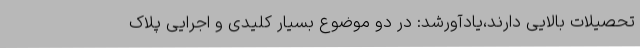
تحصیلات بالایی دارند،یادآورشد: در دو موضوع بسیار کلیدی و اجرایی پلاک